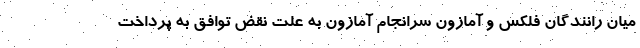
میان رانندگان فلکس و آمازون سرانجام آمازون به علت نقض توافق به پرداخت